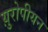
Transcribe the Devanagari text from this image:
य़ुरोपीयन